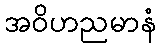
အဝိဟညမာနံ